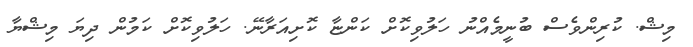
މިޝް. ކުރިންވެސް ބުނީމެއްނު ހަލުވިކޮށް ކަންޏާ ކޮށިއަރާނޭ. ހަލުވިކޮށް ކަމުން ދިޔަ މިޝްޔާ